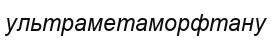
ультраметаморфтану